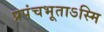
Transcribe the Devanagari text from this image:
प्रपंचभूताऽस्मि